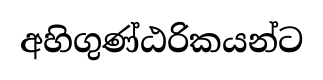
අහිගුණ්ඨරිකයන්ට